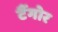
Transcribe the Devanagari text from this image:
टैंगोर